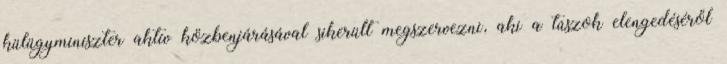
külügyminiszter aktív közbenjárásával sikerült megszervezni, aki a túszok elengedéséről